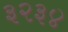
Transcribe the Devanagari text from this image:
३२३४